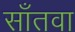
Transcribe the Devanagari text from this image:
साँतवा